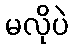
မလိုပဲ